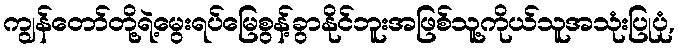
ကျွန်တော်တို့ရဲ့မွေးရပ်မြေစွန့်ခွာနိုင်ဘူးအဖြစ်သူ့ကိုယ်သူအသုံးပြုပုံ,